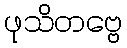
ဖုသိတဗ္ဗေ